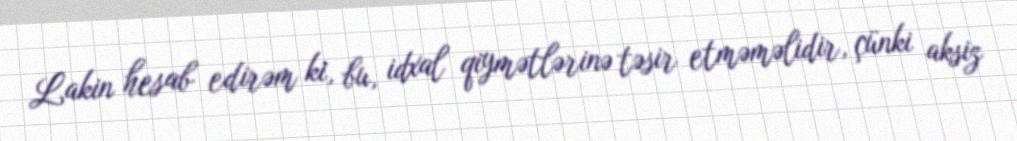
Lakin hesab edirəm ki, bu, idxal qiymətlərinə təsir etməməlidir, çünki aksiz